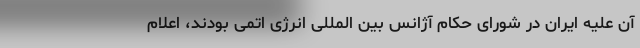
آن علیه ایران در شورای حکام آژانس بین المللی انرژی اتمی بودند، اعلام